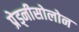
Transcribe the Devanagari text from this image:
प्रेड्नीसोलोन